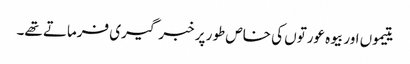
یتیموں اور بیوہ عورتوں کی خاص طور پر خبر گیری فرماتے تھے۔